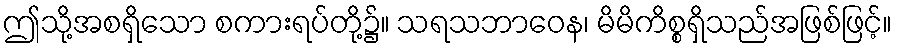
ဤသို့အစရှိသော စကားရပ်တို့၌။ သရသဘာဝေန၊ မိမိကိစ္စရှိသည်အဖြစ်ဖြင့်။